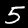
Label: 5